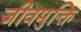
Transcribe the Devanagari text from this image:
जीवमुक्ति